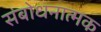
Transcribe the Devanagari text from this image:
संबोधनात्मक